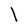
Character: l